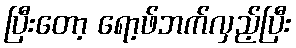
ပြီးတော့ ရော့ဖ်ဘက်လှည့်ပြီး